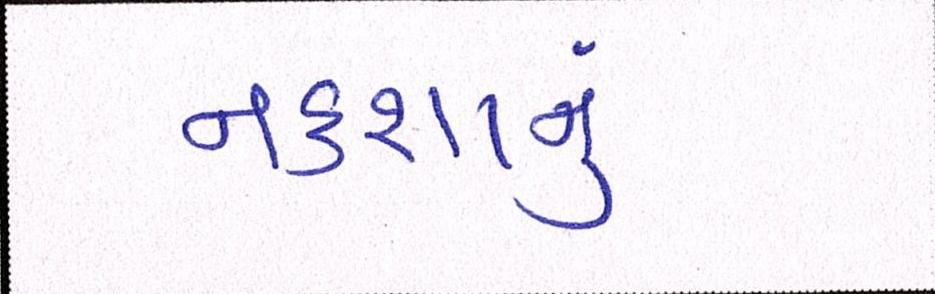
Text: નકશાનું